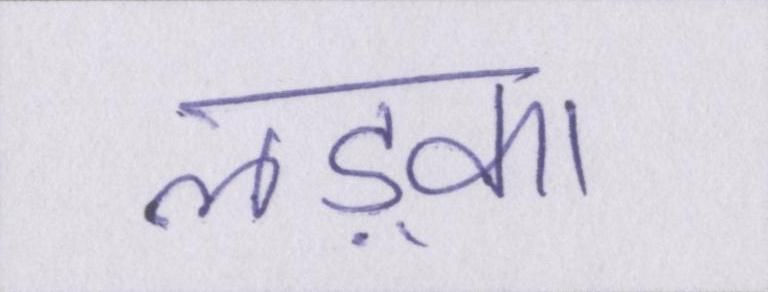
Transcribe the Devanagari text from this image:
लड़्का